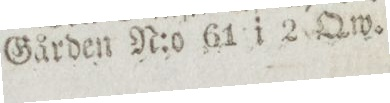
Gården N:o 61 i 2 Qw.